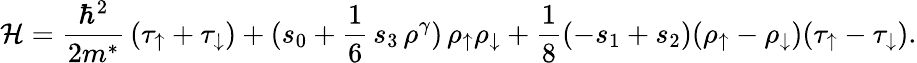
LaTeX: {\cal H}=\frac{\hbar^{2}}{2m^{*}}\, (\tau_{\uparrow}+\tau_{\downarrow})+(s_{0}+\frac{1}{6}\, s_{3}\, \rho^{\gamma})\, \rho_{\uparrow}\rho_{\downarrow}+\frac{1}{8}(-s_{1}+s_{2})(\rho_{\uparrow}-\rho_{\downarrow})(\tau_{\uparrow}-\tau_{\downarrow}).